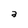
Character: a